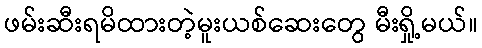
ဖမ်းဆီးရမိထားတဲ့မူးယစ်ဆေးတွေ မီးရှို့မယ်။